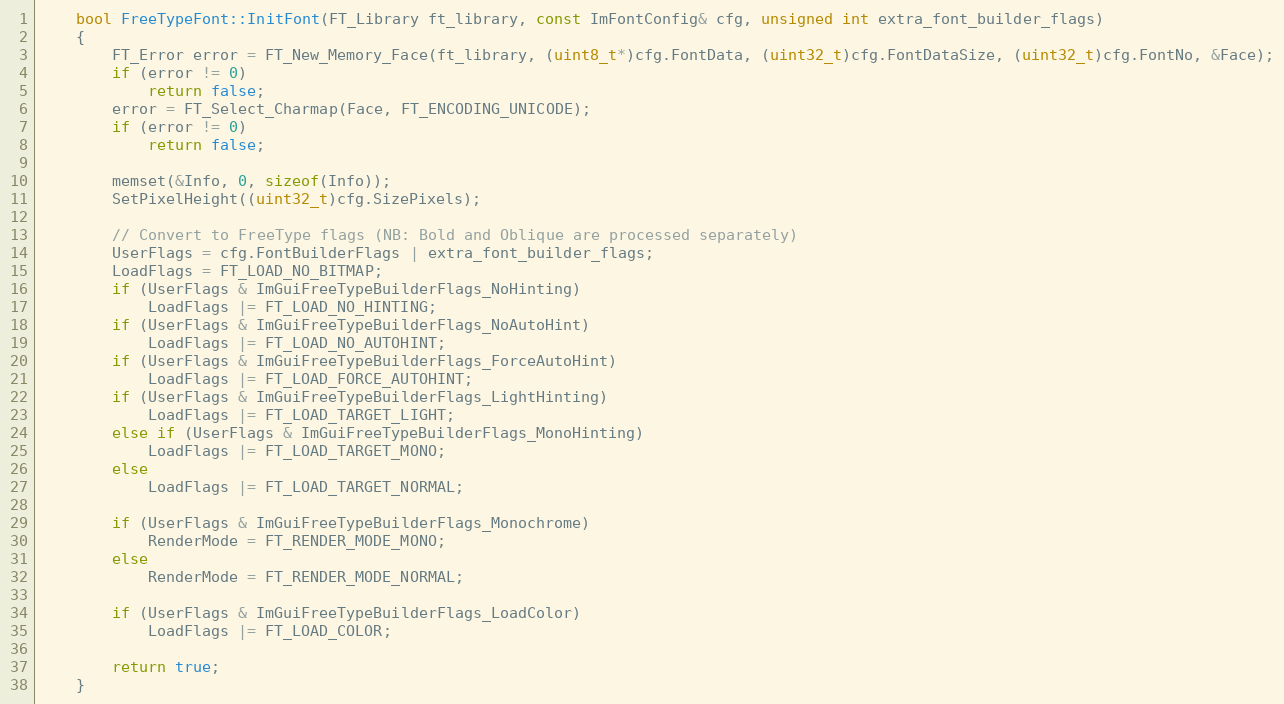
Language: C++
    bool FreeTypeFont::InitFont(FT_Library ft_library, const ImFontConfig& cfg, unsigned int extra_font_builder_flags)
    {
        FT_Error error = FT_New_Memory_Face(ft_library, (uint8_t*)cfg.FontData, (uint32_t)cfg.FontDataSize, (uint32_t)cfg.FontNo, &Face);
        if (error != 0)
            return false;
        error = FT_Select_Charmap(Face, FT_ENCODING_UNICODE);
        if (error != 0)
            return false;

        memset(&Info, 0, sizeof(Info));
        SetPixelHeight((uint32_t)cfg.SizePixels);

        // Convert to FreeType flags (NB: Bold and Oblique are processed separately)
        UserFlags = cfg.FontBuilderFlags | extra_font_builder_flags;
        LoadFlags = FT_LOAD_NO_BITMAP;
        if (UserFlags & ImGuiFreeTypeBuilderFlags_NoHinting)
            LoadFlags |= FT_LOAD_NO_HINTING;
        if (UserFlags & ImGuiFreeTypeBuilderFlags_NoAutoHint)
            LoadFlags |= FT_LOAD_NO_AUTOHINT;
        if (UserFlags & ImGuiFreeTypeBuilderFlags_ForceAutoHint)
            LoadFlags |= FT_LOAD_FORCE_AUTOHINT;
        if (UserFlags & ImGuiFreeTypeBuilderFlags_LightHinting)
            LoadFlags |= FT_LOAD_TARGET_LIGHT;
        else if (UserFlags & ImGuiFreeTypeBuilderFlags_MonoHinting)
            LoadFlags |= FT_LOAD_TARGET_MONO;
        else
            LoadFlags |= FT_LOAD_TARGET_NORMAL;

        if (UserFlags & ImGuiFreeTypeBuilderFlags_Monochrome)
            RenderMode = FT_RENDER_MODE_MONO;
        else
            RenderMode = FT_RENDER_MODE_NORMAL;

        if (UserFlags & ImGuiFreeTypeBuilderFlags_LoadColor)
            LoadFlags |= FT_LOAD_COLOR;

        return true;
    }